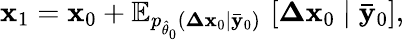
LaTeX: \mathbf{x}_{1}=\mathbf{x}_{0}+\mathbb{E}_{p_{\hat{\theta}_{0}}(\mathbf{\Delta x}_{0}\mid\mathbf{\bar{y}}_{0})}\, \left[\mathbf{\Delta x}_{0}\mid\mathbf{\bar{y}}_{0}\right],